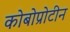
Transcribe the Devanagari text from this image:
कोबोप्रोटीन